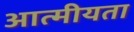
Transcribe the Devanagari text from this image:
आत्‍मीयता